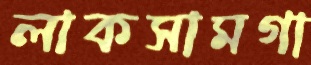
লাকসামগা